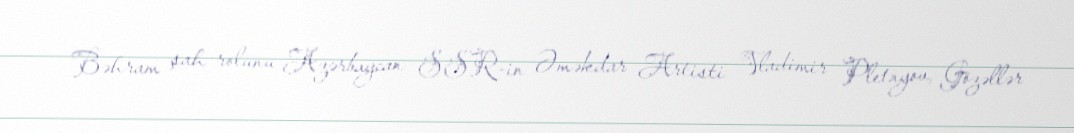
Bəhram şah rolunu Azərbaycan SSR-in Əməkdar Artisti Vladimir Pletnyov, Gözəllər